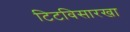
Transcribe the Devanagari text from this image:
टिटविसारखा